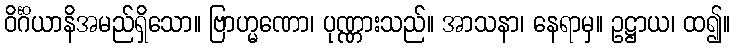
ဝိင်္ဂိယာနိအမည်ရှိသော။ ဗြာဟ္မဏော၊ ပုဏ္ဏားသည်။ အာသနာ၊ နေရာမှ။ ဥဋ္ဌာယ၊ ထ၍။